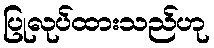
ပြုလုပ်ထားသည်ဟု